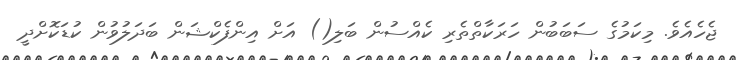
ޖެހެއެވެ. މިކަމުގެ ސަބަބުން ހަރަކާތްތެރި ކެއްސުން ބަލި() އަށް އިންފެކްޝަން ބަދަލުވުން ކުޑަކޮށްދީ